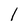
Character: l